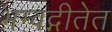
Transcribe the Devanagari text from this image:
भग्वद्गीतेत